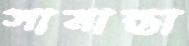
সামান্তা